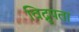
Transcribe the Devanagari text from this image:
विद्रुपता